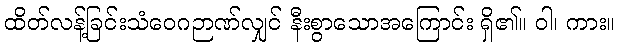
ထိတ်လန့်ခြင်းသံဝေဂဉာဏ်လျှင် နီးစွာသောအကြောင်း ရှိ၏။ ဝါ၊ ကား။